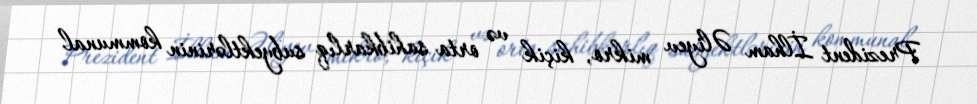
Prezident İlham Əliyev mikro, kiçik və orta sahibkarlıq subyektlərinin kommunal